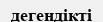
дегендікті